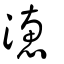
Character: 潓